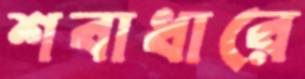
শবাধারে